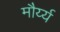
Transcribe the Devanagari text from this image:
मौर्य्य